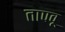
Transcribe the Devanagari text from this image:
तापवू